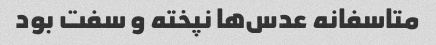
متاسفانه عدس‌ها نپخته و سفت بود